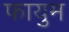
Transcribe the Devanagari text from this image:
फायुम